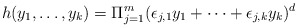
\begin{align*} h(y_1,\ldots, y_k)= \Pi_{j=1}^m (\epsilon_{j,1}y_1+\cdots +\epsilon_{j,k}y_k)^d \end{align*}